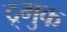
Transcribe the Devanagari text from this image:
द्र्मुक